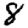
Digit: 8